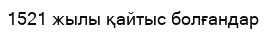
1521 жылы қайтыс болғандар